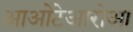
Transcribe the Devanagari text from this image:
आओटेआरोआ